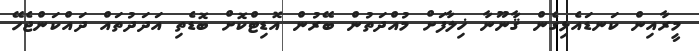
މީރާއިން ކަނޑައެޅިގެން ޤާނޫނާ ޚިލާފަށް މުއްދަތުން ބޭރުން އޮޑިޓްކޮށް ބޮޑެތި އަދަދުތައް ދައްކަންޖެހޭ